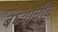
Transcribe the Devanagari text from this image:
बघ्याचीच